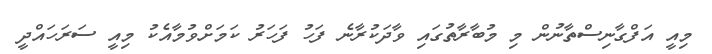
މިއީ އަފްގާނިސްތާނުން މި މުބާރާތުގައި ވާދަކުރާނެ ފަހު ފަހަރު ކަމަށްވުމާއެކު މިއީ ސަރަހައްދީ